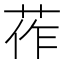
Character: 莋